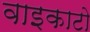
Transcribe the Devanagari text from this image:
वाइकाटो